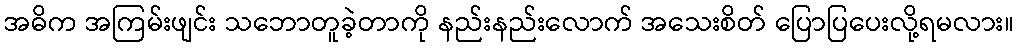
အဓိက အကြမ်းဖျင်း သဘောတူခဲ့တာကို နည်းနည်းလောက် အသေးစိတ် ပြောပြပေးလို့ရမလား။